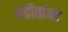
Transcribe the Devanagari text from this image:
पंडीतांना